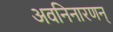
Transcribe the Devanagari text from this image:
अवनिनारणन्